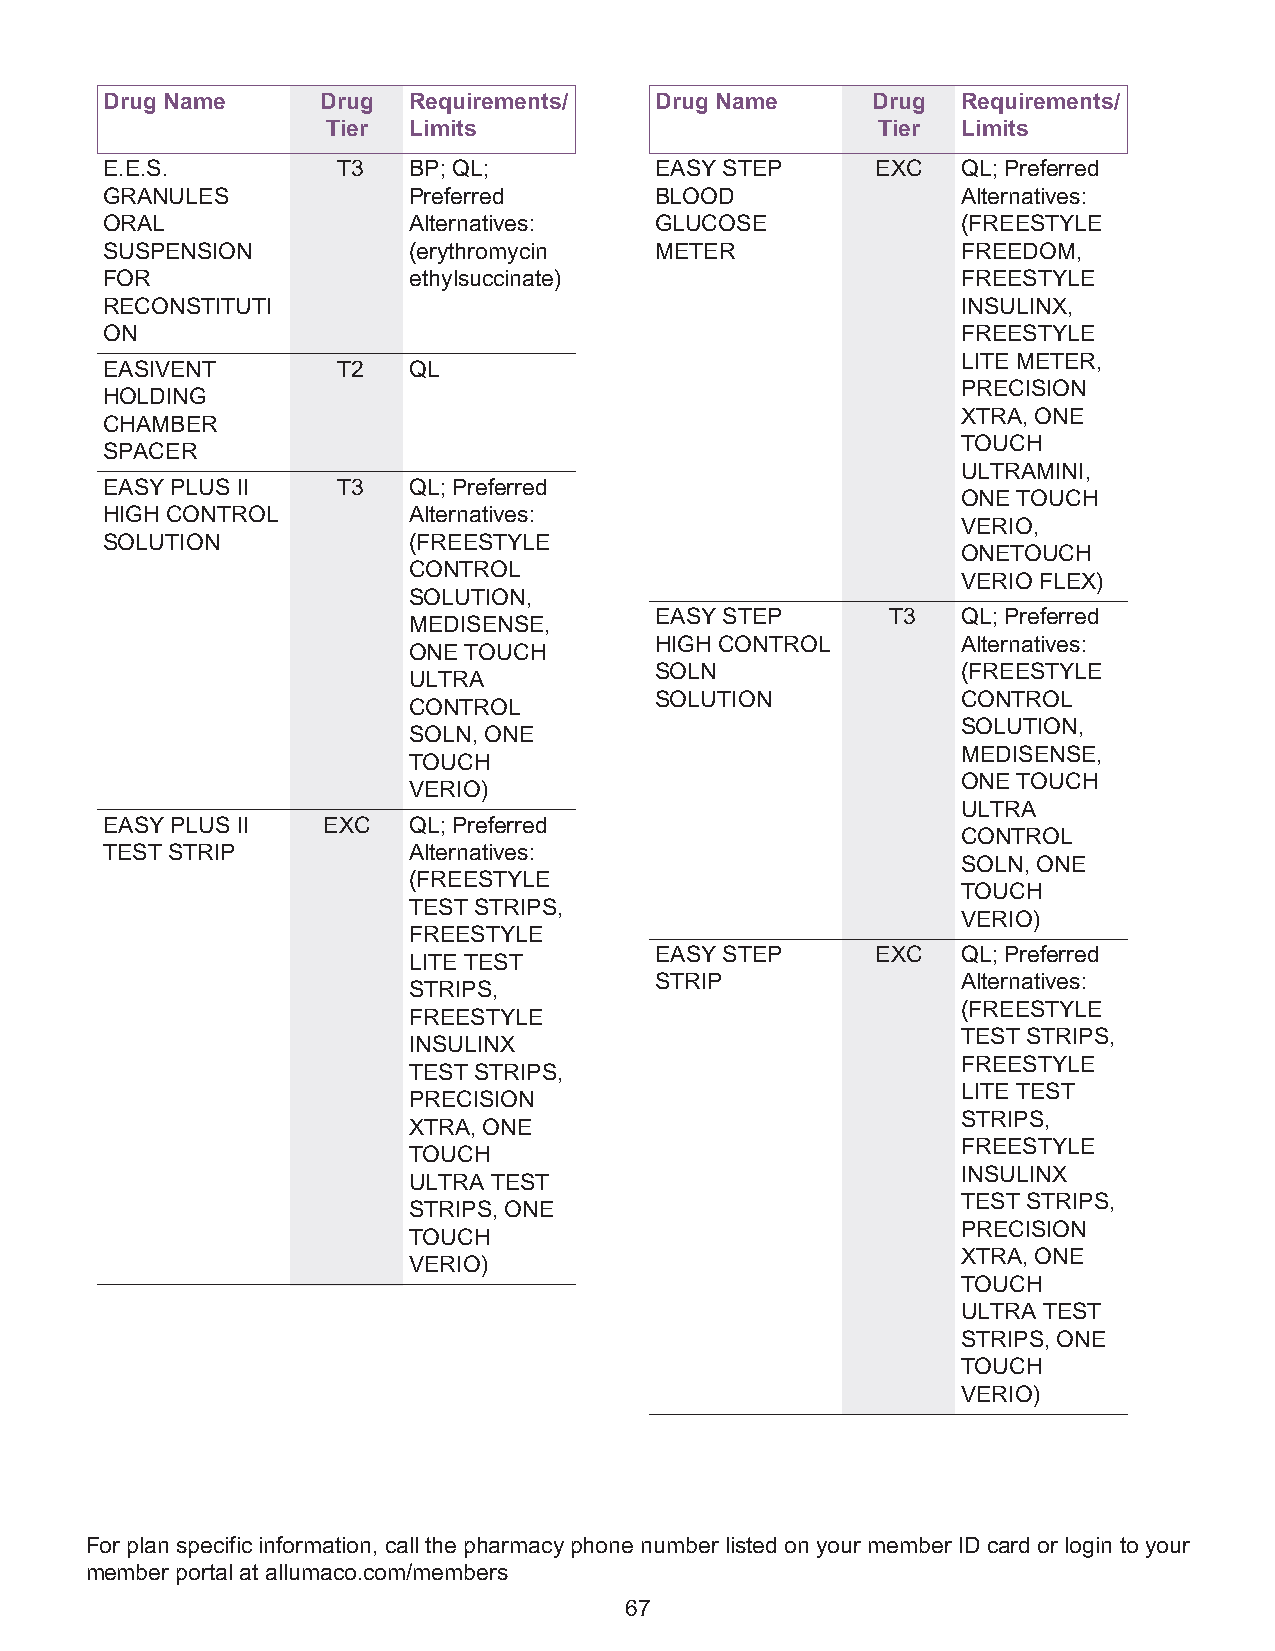
Drug Name     Drug  Requirements/   Drug Name      Drug  Requirements/
 Tier Limits                         Tier  Limits
 E.E.S.         T3   BP; QL;         EASY STEP      EXC   QL; Preferred
 GRANULES            Preferred       BLOOD                Alternatives:
 ORAL                Alternatives:   GLUCOSE              (FREESTYLE
 SUSPENSION          (erythromycin   METER                FREEDOM,
 FOR                 ethylsuccinate)                      FREESTYLE
 RECONSTITUTI                                             INSULINX,
 ON                                                       FREESTYLE
 LITE METER,
 EASIVENT       T2   QL
 PRECISION
 HOLDING
 XTRA, ONE
 CHAMBER
 TOUCH
 SPACER
 ULTRAMINI,
 EASY PLUS II   T3   QL; Preferred
 ONE TOUCH
 HIGH CONTROL        Alternatives:
 VERIO,
 SOLUTION            (FREESTYLE
 ONETOUCH
 CONTROL
 VERIO FLEX)
 SOLUTION,
 EASY STEP       T3   QL; Preferred
 MEDISENSE,
 HIGH CONTROL         Alternatives:
 ONE TOUCH
 SOLN                 (FREESTYLE
 ULTRA
 SOLUTION             CONTROL
 CONTROL
 SOLUTION,
 SOLN, ONE
 MEDISENSE,
 TOUCH
 ONE TOUCH
 VERIO)
 ULTRA
 EASY PLUS II  EXC   QL; Preferred
 CONTROL
 TEST STRIP          Alternatives:
 SOLN, ONE
 (FREESTYLE
 TOUCH
 TEST STRIPS,
 VERIO)
 FREESTYLE
 EASY STEP      EXC   QL; Preferred
 LITE TEST
 STRIP                Alternatives:
 STRIPS,
 (FREESTYLE
 FREESTYLE
 TEST STRIPS,
 INSULINX
 FREESTYLE
 TEST STRIPS,
 LITE TEST
 PRECISION
 STRIPS,
 XTRA, ONE
 FREESTYLE
 TOUCH
 INSULINX
 ULTRA TEST
 TEST STRIPS,
 STRIPS, ONE
 PRECISION
 TOUCH
 XTRA, ONE
 VERIO)
 TOUCH
 ULTRA TEST
 STRIPS, ONE
 TOUCH
 VERIO)
 For plan specific information, call the pharmacy phone number listed on your member ID card or login to your
 member portal at allumaco.com/members
 67